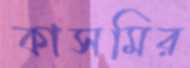
কাসমির